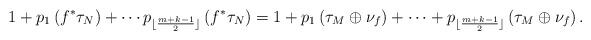
LaTeX: \begin{align*}1+p_1\left(f^\ast\tau_N\right)+\cdots p_{\lfloor{\frac{m+k-1}{2}}\rfloor}\left(f^\ast\tau_N\right)=1+p_1\left( \tau_M\oplus \nu_f \right)+\cdots+p_{\lfloor\frac{m+k-1}{2}\rfloor}\left( \tau_M\oplus \nu_f \right) .\end{align*}